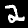
Label: 2